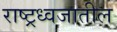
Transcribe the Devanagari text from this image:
राष्ट्रध्वजातील